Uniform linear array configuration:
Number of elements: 8
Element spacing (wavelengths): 0.5
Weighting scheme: uniform
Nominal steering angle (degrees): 60
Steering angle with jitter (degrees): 59.938
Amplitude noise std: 0.05
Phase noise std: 0.05

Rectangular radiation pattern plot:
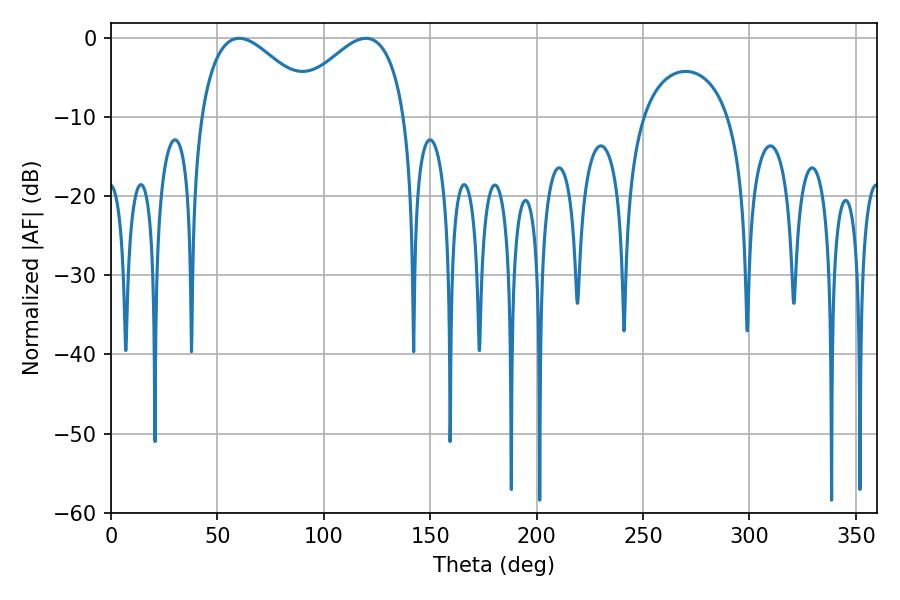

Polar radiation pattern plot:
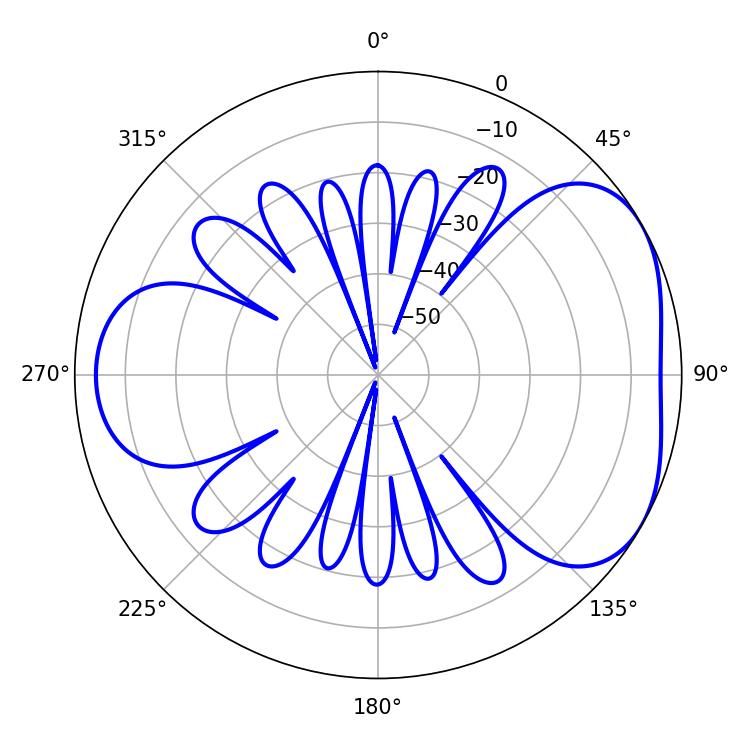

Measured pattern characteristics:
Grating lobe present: FALSE
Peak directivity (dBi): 4.32
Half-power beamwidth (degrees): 29.7
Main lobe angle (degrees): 60.3